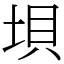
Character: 垻